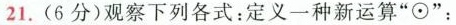
21.(6分)观察下列各式：定义一种新运算”⊙”：